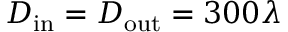
D _ { \mathrm { i n } } = D _ { \mathrm { o u t } } = 3 0 0 \lambda